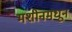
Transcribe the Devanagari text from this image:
मशीनमधून